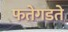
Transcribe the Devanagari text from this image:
फतेगडते